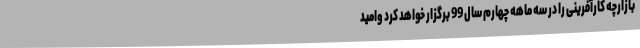
بازارچه کارآفرینی را در سه ماهه چهارم سال 99 برگزار خواهد کرد وامید